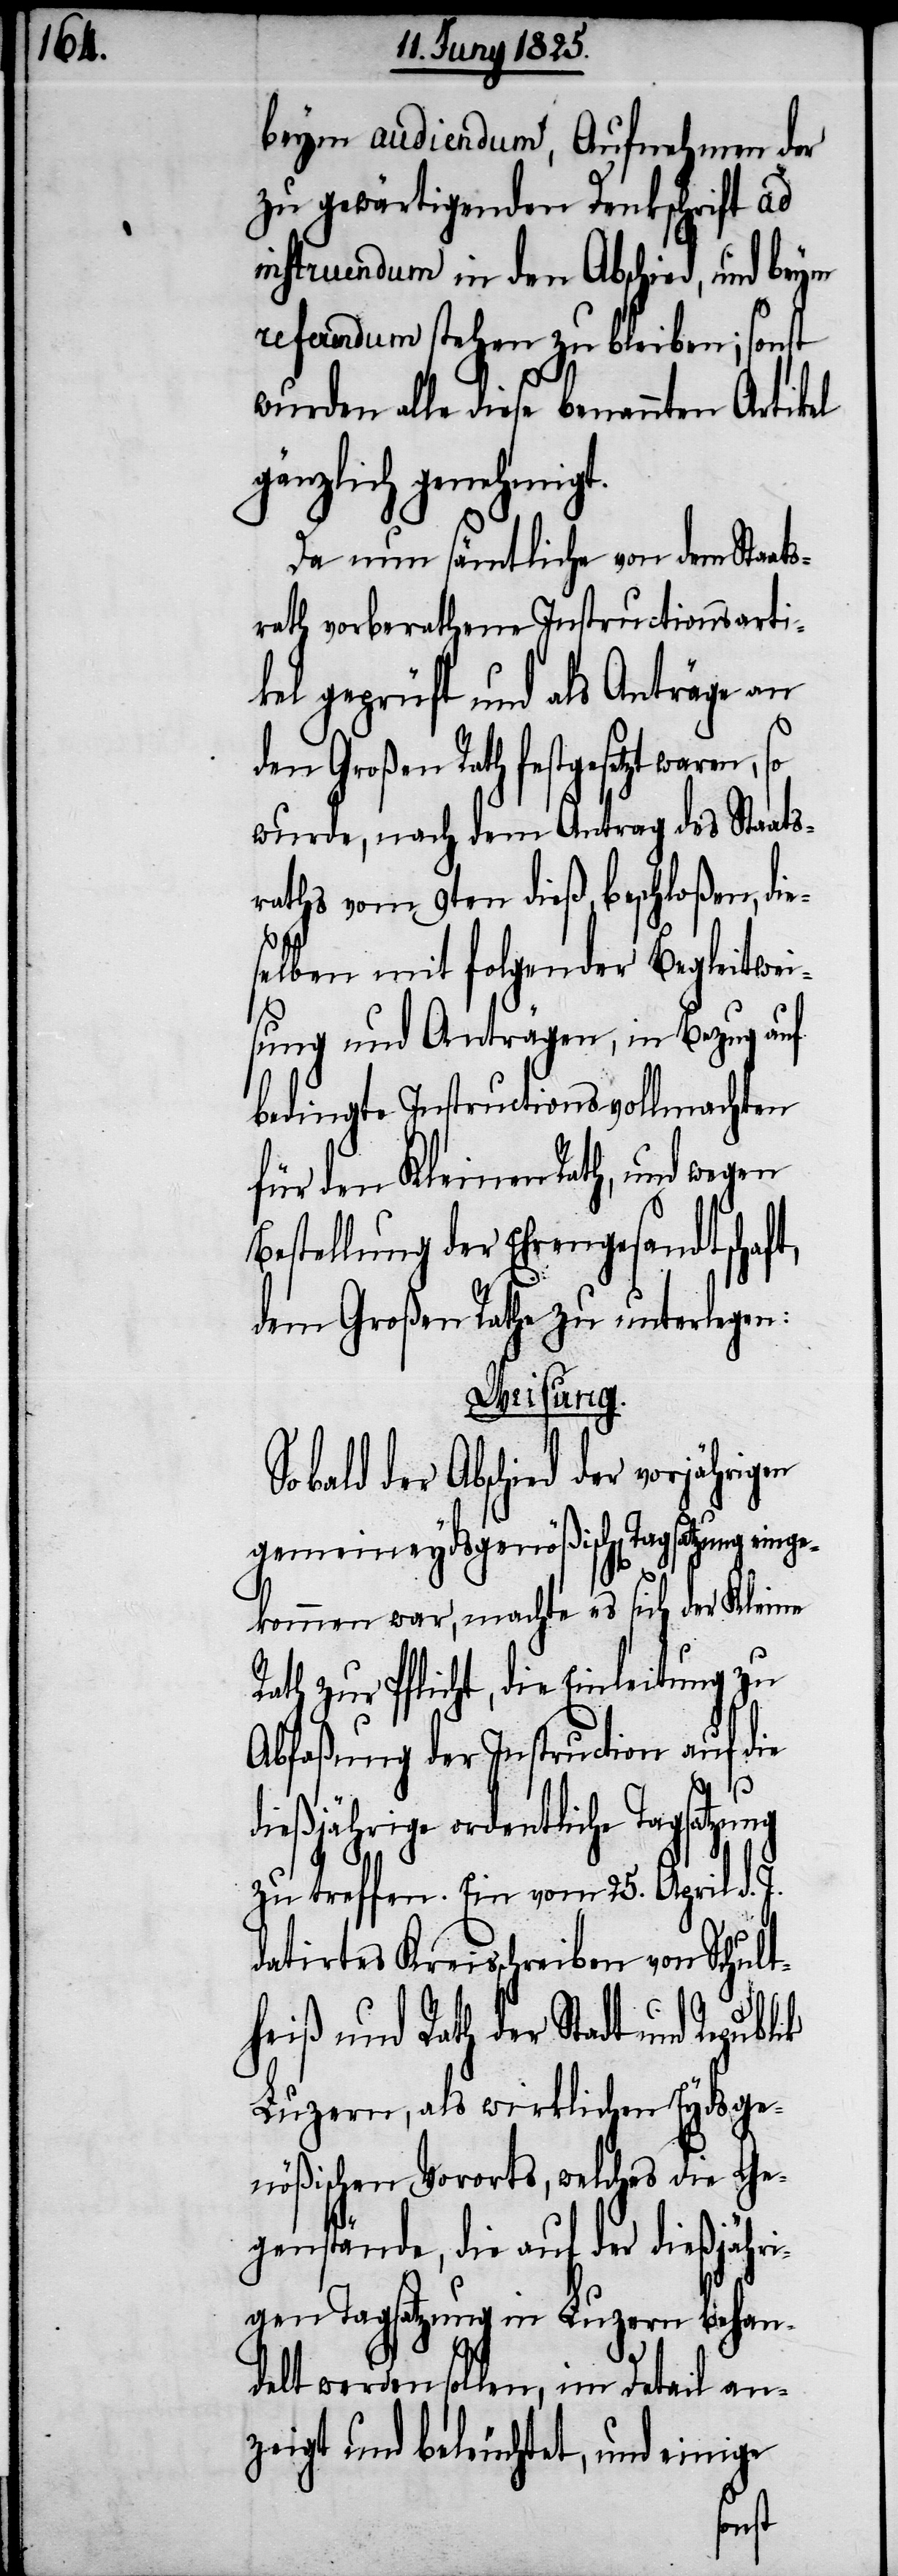
beym audiendum, Aufnehmen der
zu gewärtigenden Denkschrift ad
instruendum in den Abschied, und beym
referendum stehen zu bleiben; sonst
wurden alle diese benannten Artikel
gänzlich genehmigt.
Da nun sämtliche von dem Staat¬
srath vorberathene[n] Instructionsarti¬
kel geprüft und als Anträge an
Großen Rath festgesetzt waren,
wurde, nach dem Antrag des Staats¬
raths vom 9ten dieß, beschloßen, die¬
selben mit folgender Begleitwei¬
sung und Anträgen, in Bezug auf
bedingte Instructionsvollmachten
für den Kleinen Rath, und wegen
Bestellung der Ehrengesandtschaft,
dem Großen Rathe zu unterlegen:
Weisung.
bald der Abschied der vorjährig¬
gemeineydsgenößischen Tagsatzung einge¬
kommen war, machte es sich der Kleine
Rath zur Pflicht, die Einleitung zu
Abfaßung der Instruction auf die
dießjährige ordentliche Tagsatzung
zu treffen. Ein vom 25. April d. J.
datirtes Kreisschreiben von Schult¬
heiß und Rath der Stadt und
Luzern, als wirklichen Eydsge¬
nößischen Vororts, welches die Ge¬
genstände, die auf der dießjähri¬
gen Tagsatzung in Luzern behan¬
delt werden sollen, im Detail an¬
zeigt und beleuchtet, und einige
en